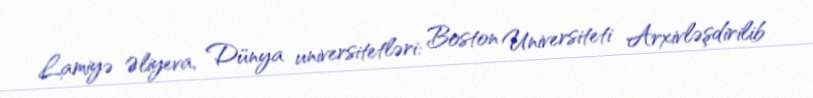
Lamiyə Əliyeva, Dünya universitetləri: Boston Universiteti Arxivləşdirilib